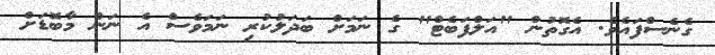
ގެނެސްފައެވެ. އެގޮތުން "އަލްފަބެޓް" ގެ ނަމަށް ބަދަލުކުރި ނަމަވެސް އެ ނަން މާބޮޑަށް